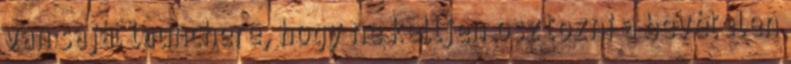
van saját launchere, hogy ne kelljen osztozni a bevételen